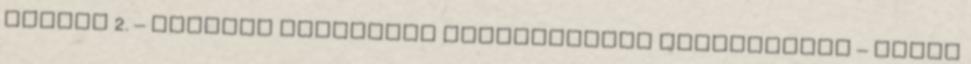
június 2. – Második közvetlen helyhatósági választások – RMDSZ